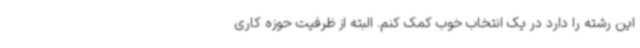
این رشته را دارد در یک انتخاب خوب کمک کنم. البته از ظرفیت حوزه کاری